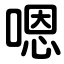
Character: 嗯